Vaccination in Bombay 1913-1923 - 1913-1923
Year: 1913
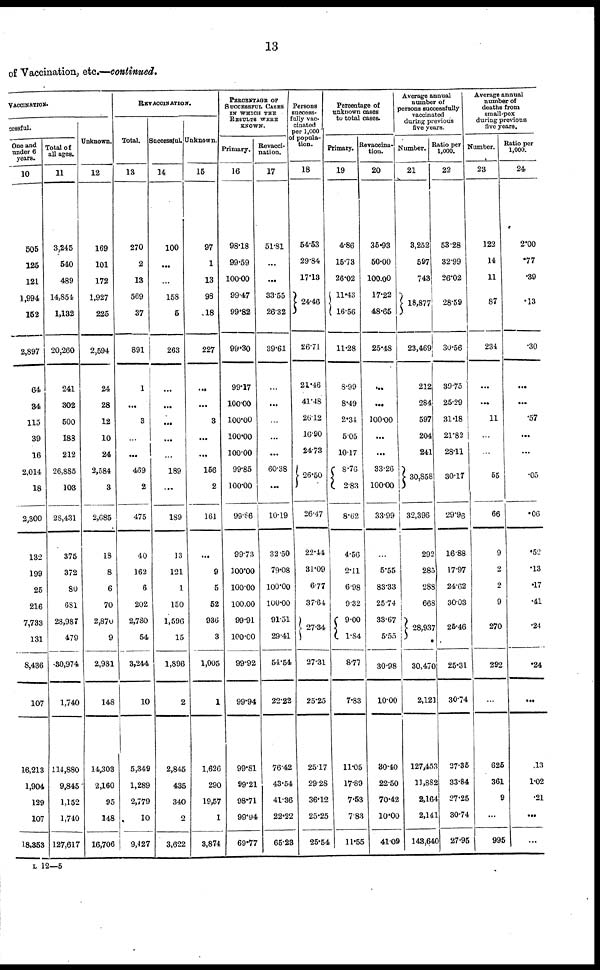
13
of Vaccination, etc.—continued.
VACCINATION.
cessful.
One and
under 6
years.
10
505
125
121
1,994
152
2,897
64
34
115
39
16
2,014
18
2,300
132
199
25
216
7,733
131
8,436
107
16,213
1,904
129
107
18,353
Total of
all ages.
11
3,245
540
489
14,854
1,132
20,260
241
302
500
183
212
26,885
103
28,431
375
372
80
681
28,987
479
30,974
1,740
114,880
9,845
1,152
1,740
127,617
Unknown.
12
169
101
172
1,927
225
2,594
24
28
12
10
24
2,584
3
2,685
18
8
6
70
2,870
9
2,981
148
14,303
2,160
95
148
16,706
REVACCINATION.
Total.
13
270
2
13
569
37
891
1
...
3
...
...
469
2
475
40
162
6
202
2,780
54
3,244
10
5,349
1,289
2,779
10
9,427
Successful.
14
100
...
...
158
5
263
...
...
...
...
...
189
...
189
13
121
1
150
1,596
15
1,896
2
2,845
435
340
2
3,622
Unknown.
15
97
1
13
98
18
227
...
...
3
...
...
156
2
161
...
9
5
52
936
3
1,005
1
1,626
290
19,57
1
3,874
PERCENTAGE OF
SUCCESSFUL CASES
IN WHICH THE
RESULTS WERE
KNOWN.
Primary.
16
98.18
99.59
100.00
99.47
99.82
99.30
99.17
100.00
100.00
100.00
100.00
99.85
100.00
99.86
99.73
100.00
100.00
100.00
99.91
100.00
99.92
99.94
99.81
99.21
98.71
99.94
69.77
Revacci¬
nation.
17
51.81
...
...
33.55
26.32
39.61
...
...
...
...
...
60.38
...
10.19
32.50
79.08
100.00
100.00
91.51
29.41
54.54
22.22
76.42
43.54
41.36
22.22
65.23
Persons
success-
fully vac-
cinated
per 1,000
of popula-
tion.
18
54.53
29.84
17.13
24.46
26.71
21.46
41.48
26.12
16.90
24.73
26.50
26.47
22.44
31.09
6.77
37.64
27.34
27.31
25.25
25.17
29.28
36.12
25.25
25.54
Percentage of
unknown oases
to total cases.
Primary.
19
4.86
15.73
26.02
11.43
16.56
11.28
8.99
8.49
2.34
5.05
10.17
8.76
2.83
8.62
4.56
2.11
6.98
9.32
9.00
1.84
8.77
7.83
11.05
17.89
7.53
7.83
11.55
Revaccina¬
tion.
20
35.93
50.00
100.00
17.22
48.65
25.48
...
...
100.00
...
...
33.26
100.00
33.99
...
5.55
83.33
25.74
33.67
5.55
30.98
10.00
30.40
22.50
70.42
10.00
41.09
Average annual
number of
persons successfully
vaccinated
during previous
five years.
Number.
21
3,252
597
743
18,877
23,469
212
284
597
204
241
30,858
32,396
292
285
288
668
28,937
30.470
2,121
127,453
13,882
2,164
2,141
143,640
Ratio per
1,000.
22
53.28
32.99
26.02
28.59
30.56
39.75
25.29
31.18
21.82
28.11
30.17
29.96
16.88
17.97
24.62
30.03
25.46
25.31
30.74
27.36
33.84
27.25
30.74
27.95
Average annual
number of
deaths from
small-pox
during previous
five years.
Number.
23
122
14
11
87
234
...
...
11
...
...
55
66
9
2
2
9
270
292
...
625
361
9
...
995
Ratio per
1,000.
24
2.00
.77
.39
.13
.30
...
...
.57
...
...
.05
.06
.52
.13
.17
.41
.24
.24
...
.13
1.02
.21
...
...
L 12—5